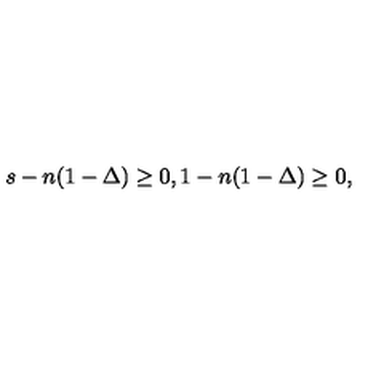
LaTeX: s - n ( 1 - \Delta ) \geq 0 , 1 - n ( 1 - \Delta ) \geq 0 ,